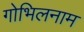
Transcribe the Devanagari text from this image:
गोभिलनाम